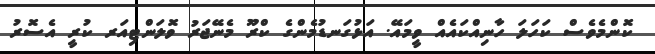
ކޮންމެވެސް ކަހަލަ ހާނިއްކައެއް ވީމައޭ. އަޅުގަނޑުމެންގެ ކްރޫ މެނޭޖަރު ވޮލަންޓިއަރ ކުރީ އެސޮރު